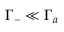
\Gamma _ { - } \ll \Gamma _ { a }